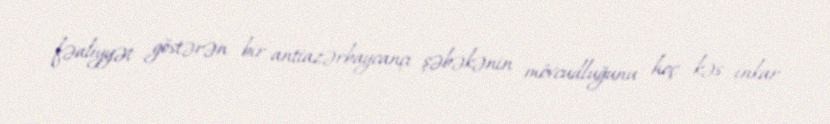
fəaliyyət göstərən bir antiazərbaycançı şəbəkənin mövcudluğunu heç kəs inkar